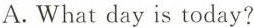
A.What day is today?